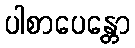
ပါစာပေန္တော